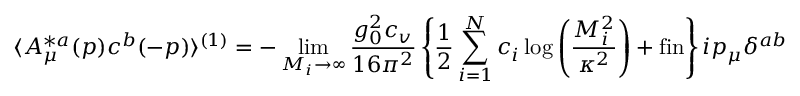
\langle A _ { \mu } ^ { * a } ( p ) c ^ { b } ( - p ) \rangle ^ { ( 1 ) } = - \operatorname * { l i m } _ { M _ { i } \rightarrow \infty } \frac { g _ { 0 } ^ { 2 } c _ { v } } { 1 6 \pi ^ { 2 } } \left\{ \frac { 1 } { 2 } \sum _ { i = 1 } ^ { N } c _ { i } \log \left( \frac { M _ { i } ^ { 2 } } { \kappa ^ { 2 } } \right) + \mathrm { f i n } \right\} i p _ { \mu } \delta ^ { a b }